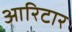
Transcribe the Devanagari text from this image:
आरिटार